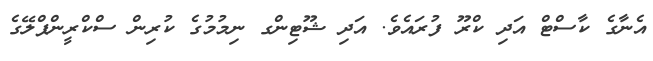
އެނާގެ ކާސްޓް އަދި ކްރޫ ފުރައެވެ. އަދި ޝޫޓިންގ ނިމުމުގެ ކުރިން ސްކްރީންޕްލޭގެ